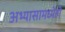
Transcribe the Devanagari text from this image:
अभ्यासामध्येही